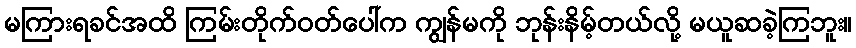
မကြားရခင်အထိ ကြမ်းတိုက်ဝတ်ပေါ်က ကျွန်မကို ဘုန်းနိမ့်တယ်လို့ မယူဆခဲ့ကြဘူး။